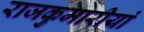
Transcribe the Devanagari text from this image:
राजकुमारीयां